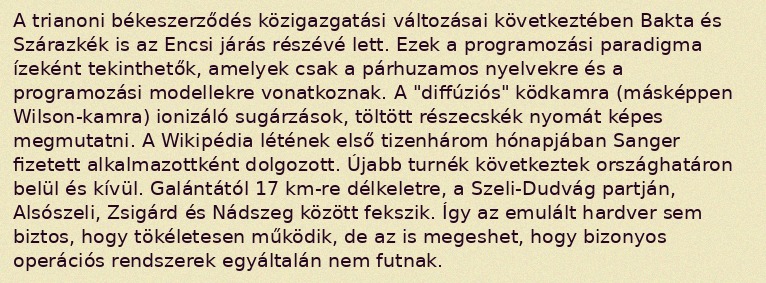
A trianoni békeszerződés közigazgatási változásai következtében Bakta és Szárazkék is az Encsi járás részévé lett. Ezek a programozási paradigma ízeként tekinthetők, amelyek csak a párhuzamos nyelvekre és a programozási modellekre vonatkoznak. A "diffúziós" ködkamra (másképpen Wilson-kamra) ionizáló sugárzások, töltött részecskék nyomát képes megmutatni. A Wikipédia létének első tizenhárom hónapjában Sanger fizetett alkalmazottként dolgozott. Újabb turnék következtek országhatáron belül és kívül. Galántától 17 km-re délkeletre, a Szeli-Dudvág partján, Alsószeli, Zsigárd és Nádszeg között fekszik. Így az emulált hardver sem biztos, hogy tökéletesen működik, de az is megeshet, hogy bizonyos operációs rendszerek egyáltalán nem futnak.